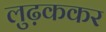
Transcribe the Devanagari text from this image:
लुढ़ककर